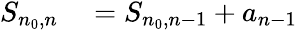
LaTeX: \begin{array}{rl}{S_{n_{0},n}}&{{}=S_{n_{0},n-1}+a_{n-1}}\end{array}